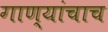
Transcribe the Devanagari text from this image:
गाण्यांचाच